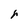
Character: r